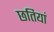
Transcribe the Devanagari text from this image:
छतियां